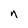
Character: n